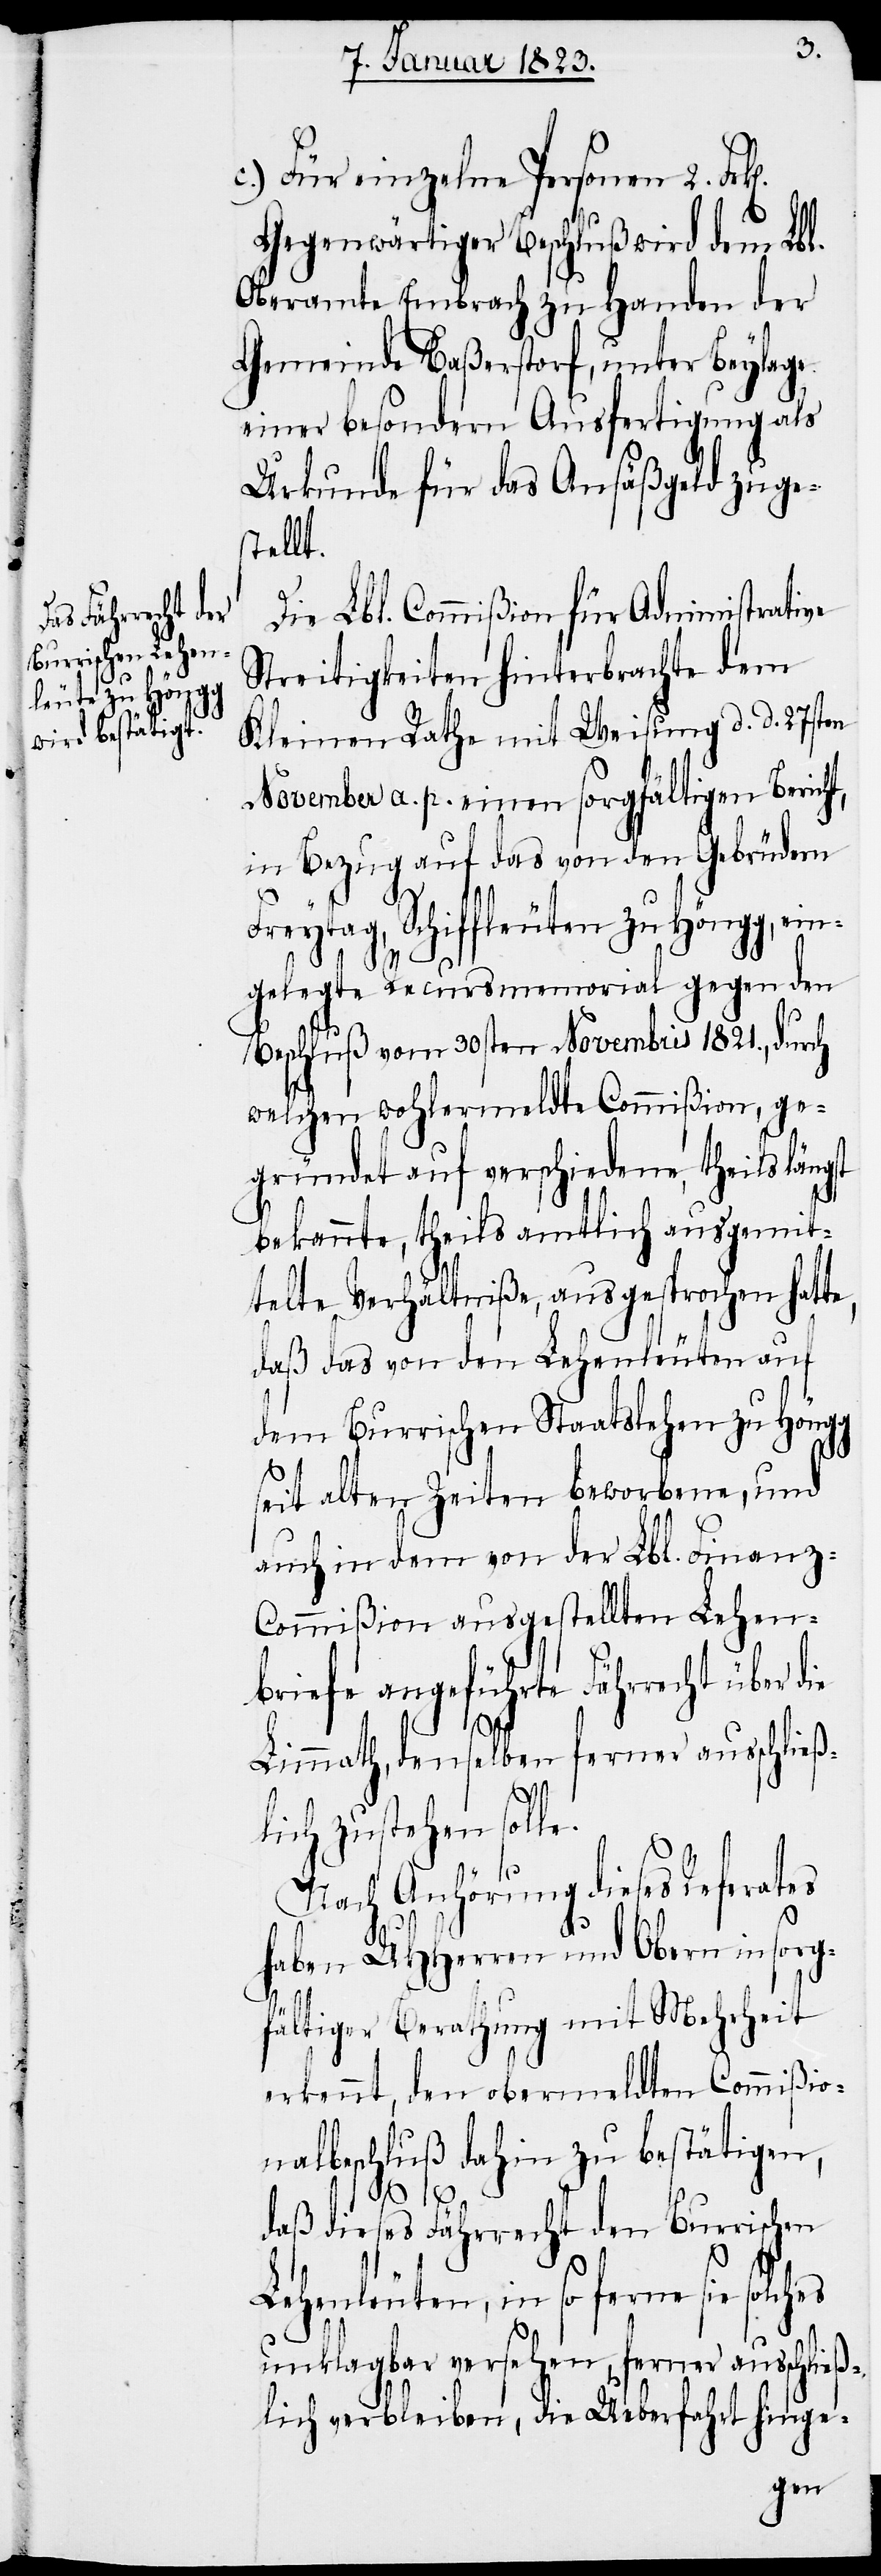
c.) Für einzelne Personen 2. Fr¬
Gegenwärtiger Beschluß wird dem Lbl.
Oberamte Embrach zu Handen der
Gemeinde Baßerstorf, unter Beylage
einer besondern Ausfertigung als
Urkunde für das Ansäßgeld zuge¬
stellt.
Die Lbl. Commißion für Administrative
Streitigkeiten hinterbrachte dem
Kleinen Rathe mit Weisung d. d. 27sten
November a. p. einen sorgfältigen Berich¬
in Bezug auf das von den Gebrüdern
Freytag, Schiffleuten zu Höngg, ein¬
t,
gelegte Recursmemorial gegen den
Beschluß vom 30sten Novembris 1821., durch
welchen wohlermeldte Commißion, ge¬
gründet auf verschiedene, theils längst
bekannte, theils amtlich ausgemit¬
telte Verhältniße, ausgesprochen hatte,
daß das von den Lehenleuten auf
dem Burrischen Staatslehen zu Höngg
seit alten Zeiten beworbene, und
auch in dem von der Lbl. Finanz-C¬
ommißion ausgestellten Lehen¬
briefe angeführte Fährrecht über die
Limmath, denselben ferner ausschließ¬
k[en].
lich zustehen solle.
Nach Anhörung dieses Referates
haben UHHerren und Obern in sorg¬
fältiger Berathung mit Mehrheit
erkennt, den obermeldten Commißio¬
nalbeschluß dahin zu bestätigen,
daß dieses Fährrecht den Burrischen
Lehenleuten, in so ferne sie solches
unklagbar versehen, ferner ausschließ¬
lich verbleiben, die Ueberfahrt hinge-